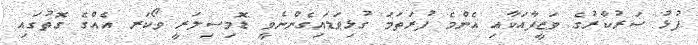
ފުޅު ސަރުކާރުގެ ވަޒީފާއަކާއި އެންމެ ފުރަތަމަ ގުޅިވަޑައިގެންނެވީ ޑޮމިސިލަރީ ވޯކަރ އެއްގެ ގޮތުގައި